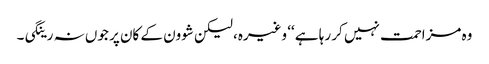
وہ مزاحمت نہیں کر رہا ہے ‘‘ وغیرہ، لیکن شوون کے کان پر جوں نہ رینگی۔